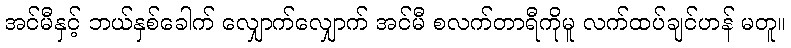
အင်မီနှင့် ဘယ်နှစ်ခေါက် လျှောက်လျှောက် အင်မီ စလက်တာရီကိုမူ လက်ထပ်ချင်ဟန် မတူ။